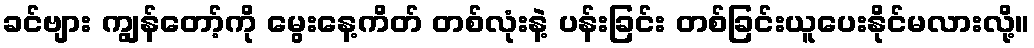
ခင်ဗျား ကျွန်တော့်ကို မွေးနေ့ကိတ် တစ်လုံးနဲ့ ပန်းခြင်း တစ်ခြင်းယူပေးနိုင်မလားလို့။